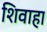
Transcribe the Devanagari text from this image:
शिवाहा